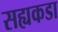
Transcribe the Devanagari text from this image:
सह्यकडा